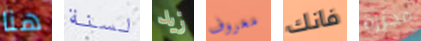
هنا لسنة زيد معروف فانك مجزرة